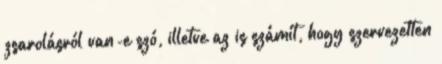
zsarolásról van-e szó, illetve az is számít, hogy szervezetten